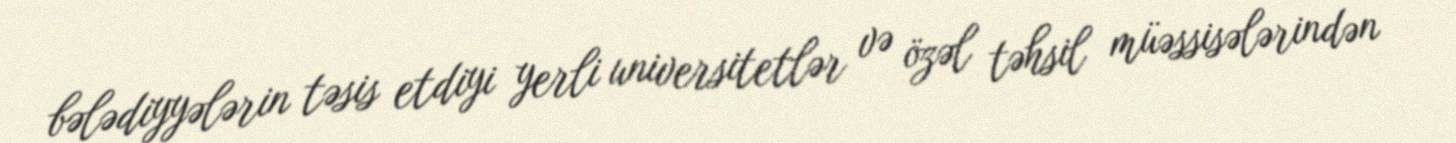
bələdiyyələrin təsis etdiyi yerli universitetlər və özəl təhsil müəssisələrindən